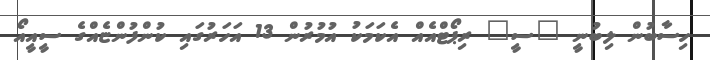
ހިސާބުން ލިބުނީ "ސީ" ރިޕޯޓްއެއް އެކަމަކު އުމުރުން 13 އަހަރުގައި ކުންފުންޏެއްގެ ސީއީއޯ